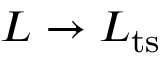
L \to L _ { \mathrm { t s } }